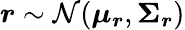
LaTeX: \boldsymbol{r}\sim\mathcal{N}(\boldsymbol{\mu_{r}},\boldsymbol{\Sigma_{r}})